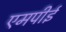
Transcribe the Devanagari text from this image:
एमपीई